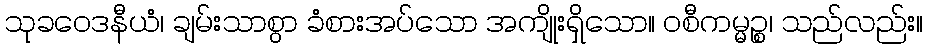
သုခဝေဒနီယံ၊ ချမ်းသာစွာ ခံစားအပ်သော အကျိုးရှိသော။ ဝစီကမ္မဉ္စ၊ သည်လည်း။